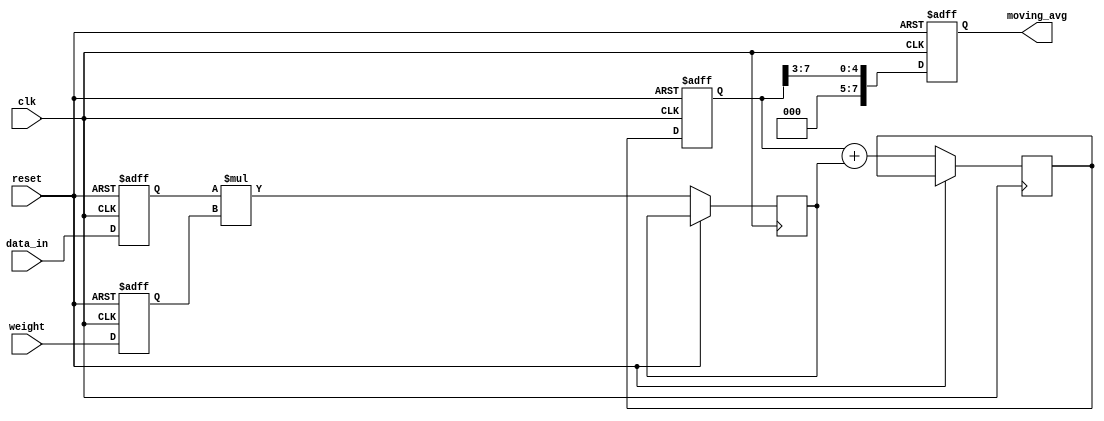
module WeightedMovingAverageAccumulator (
    input wire clk,
    input wire reset,
    input wire [7:0] data_in,
    input wire [7:0] weight,
    output reg [7:0] moving_avg
);

reg [7:0] acc_sum;
reg [7:0] prev_data;
reg [7:0] prev_weight;
reg [7:0] weighted_data;
reg [7:0] weighted_sum;

always @ (posedge clk or posedge reset)
begin
    if (reset)
    begin
        acc_sum <= 8'b0;
        prev_data <= 8'b0;
        prev_weight <= 8'b0;
        moving_avg <= 8'b0;
    end
    else
    begin
        prev_data <= data_in;
        prev_weight <= weight;
        weighted_data <= prev_data * prev_weight;
        weighted_sum <= acc_sum + weighted_data;
        acc_sum <= weighted_sum;
        moving_avg <= acc_sum >> 3; // Divide by 8 to get the weighted moving average
    end
end

endmodule